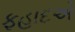
ફહાદએ